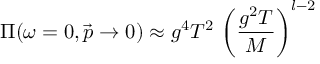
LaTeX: \Pi ( \omega = 0 , \vec { p } \to 0 ) \approx g ^ { 4 } T ^ { 2 } \, \left( \frac { g ^ { 2 } T } { M } \right) ^ { l - 2 }